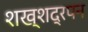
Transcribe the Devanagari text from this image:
शख्शद्रपन